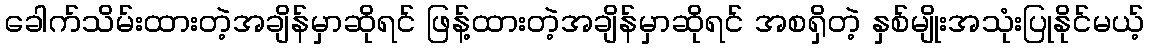
ခေါက်သိမ်းထားတဲ့အချိန်မှာဆိုရင် ဖြန့်ထားတဲ့အချိန်မှာဆိုရင် အစရှိတဲ့ နှစ်မျိုးအသုံးပြုနိုင်မယ့်